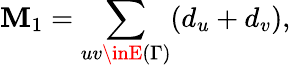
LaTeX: \mathbf{M}_{1}=\sum_{uv\inE{(\Gamma)}}(d_{u}+d_{v}),